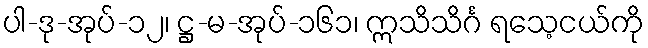
ပါ-ဒု-အုပ်-၁၂၊ ဋ္ဌ-မ-အုပ်-၁၆၁၊ ဣသိသိင်္ဂ ရသေ့ငယ်ကို